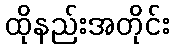
ထိုနည်းအတိုင်း